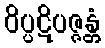
ဝိပ္ပဋိပဇ္ဇန္တံ